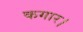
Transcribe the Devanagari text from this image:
कगार।